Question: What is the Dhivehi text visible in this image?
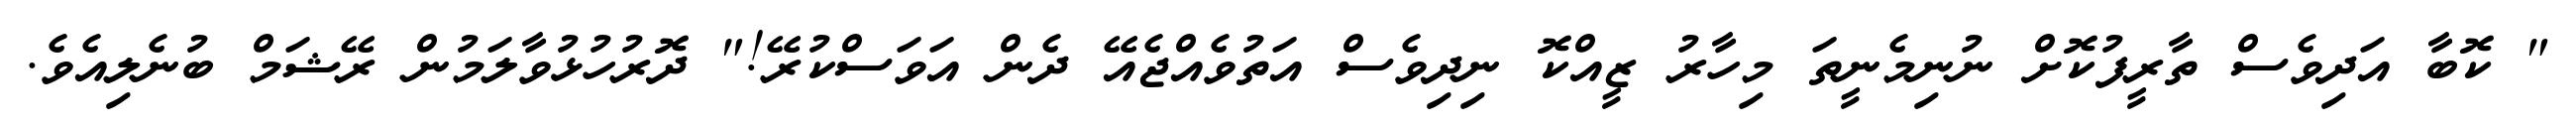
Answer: " ކޮބާ އަދިވެސް ތާރީފުކޮށް ނުނިމެނީތަ މިހާރު ޒީއްކޮ ނިދިވެސް އަތުވެއްޖެއޭ ދެން އަވަސްކުރޭ!" ދޮރުހުޅުވާލަމުން ރޭޝަމް ބުނެލިއެވެ.